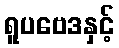
ရူပဗေဒနှင့်